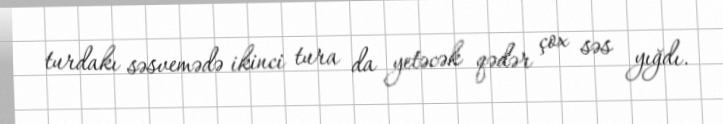
turdakı səsvemədə ikinci tura da yetəcək qədər çox səs yığdı.